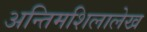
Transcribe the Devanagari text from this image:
अन्तिमशिलालेख